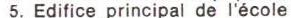
5. Edifice principal de l'école